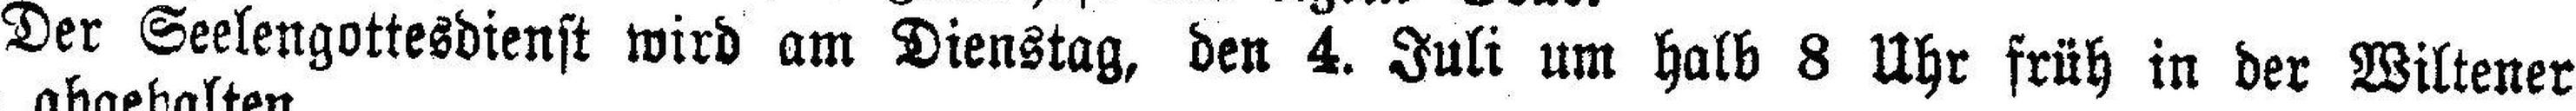
Der Seelengottesdienst wird am Dienstag, den 4. Juli um halb 8 Uhr früh in der Wiltener